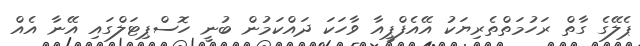
ޕެލޭގެ ގާތް ރަހުމަތްތެރިޔަކު އޭއެފްޕީއާ ވާހަކަ ދައްކަމުން ބުނީ ހޮސްޕިޓަލްގައި އޭނާ އެއް